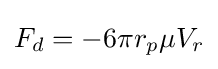
F_{d}=-6\pi r_{p}\mu V_{r}